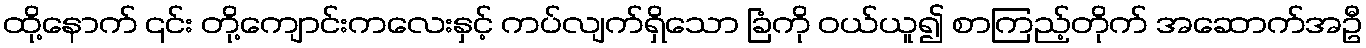
ထို့နောက် ၎င်း တို့ကျောင်းကလေးနှင့် ကပ်လျက်ရှိသော ခြံကို ဝယ်ယူ၍ စာကြည့်တိုက် အဆောက်အဦ